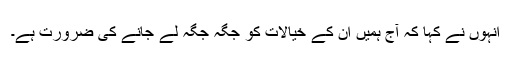
انہوں نے کہا کہ آج ہمیں ان کے خیالات کو جگہ جگہ لے جانے کی ضرورت ہے۔